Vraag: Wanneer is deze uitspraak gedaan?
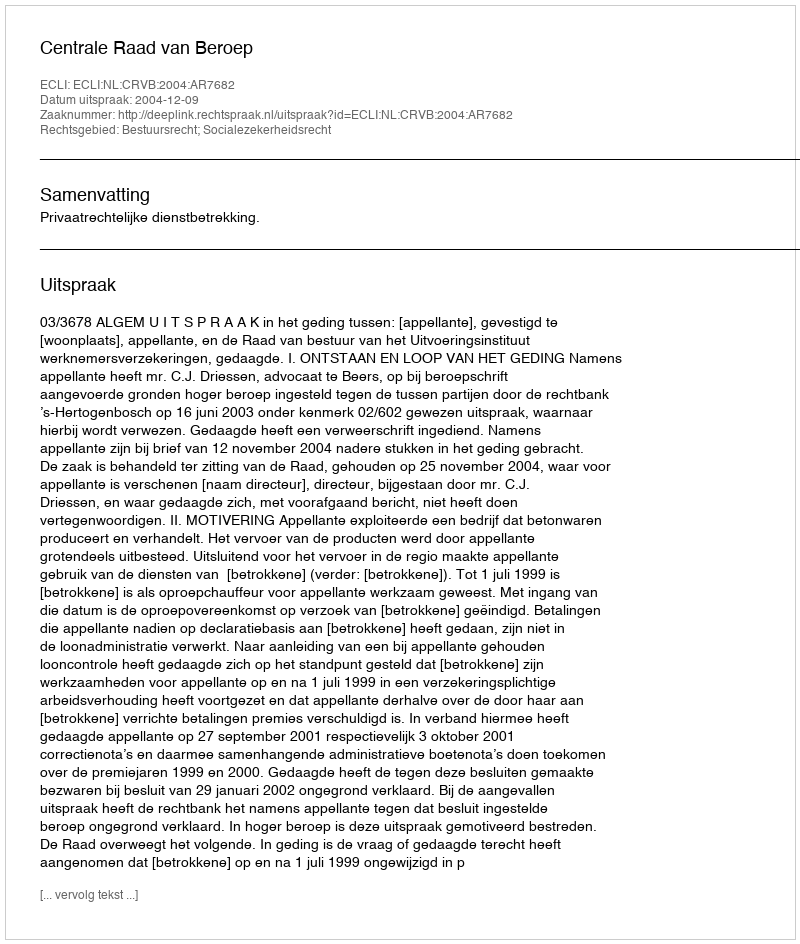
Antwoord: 2004-12-09